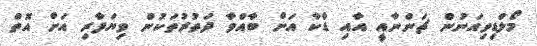
މޯލްޑިވިއަނުން ޗަންނާއީ އާއި ޑާކާ އަށް ބާއްވާ ދަތުރުތަކުން ވިޔަފާރި އަށް އޮތް